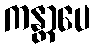
ကန္တာပေ